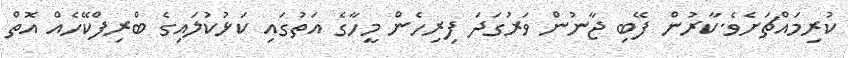
ކުރިމައްޗަށެވެ.ކާރުން ފޭބި ޖާނުން ވަރުގަދަ ފިރިހެން މީހާގެ އަތުގައި ކަޅުކުލައިގެ ބްރިފްކޭހެއް އޮތް